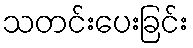
သတင်းပေးခြင်း